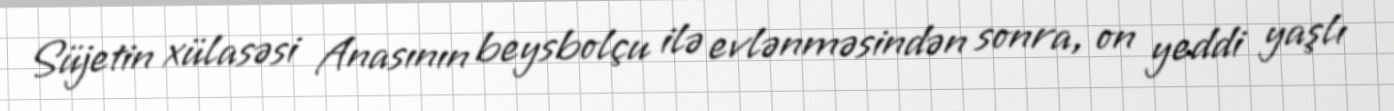
Süjetin xülasəsi Anasının beysbolçu ilə evlənməsindən sonra, on yeddi yaşlı